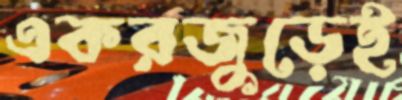
একরজুড়েই